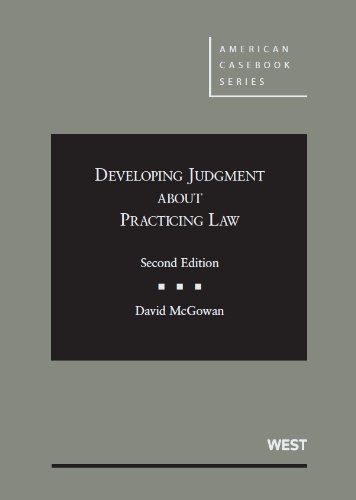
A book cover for Developing Judgment About Practicing Law (American Casebook Series); David McGowan; Law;